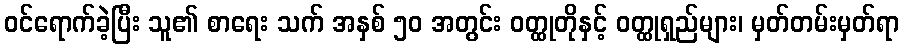
ဝင်ရောက်ခဲ့ပြီး သူ၏ စာရေး သက် အနှစ် ၅၀ အတွင်း ဝတ္ထုတိုနှင့် ဝတ္ထုရှည်များ၊ မှတ်တမ်းမှတ်ရာ